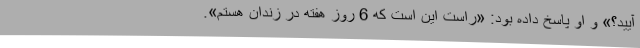
آیید؟» و او پاسخ داده بود: «راست این است که 6 روز هفته در زندان هستم».